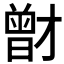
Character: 𭨟